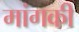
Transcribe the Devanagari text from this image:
मांगकी